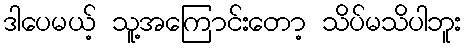
ဒါပေမယ့် သူ့အကြောင်းတော့ သိပ်မသိပါဘူး